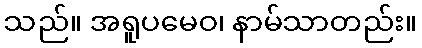
သည်။ အရူပမေဝ၊ နာမ်သာတည်း။